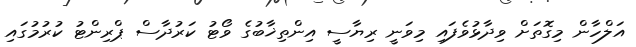
އަލްހާން މިގޮތަށް ވިދާޅުވެފައި މިވަނީ ރިޔާސީ އިންތިޚާބުގެ ވޯޓު ކަރުދާސް ޕްރިންޓު ކުރުމުގައި